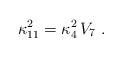
LaTeX: \begin{align*}\kappa_{11}^2 = \kappa_{4}^2\, V_7~.\end{align*}